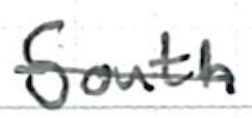
Text: South
Cross-out: mix
Writing tool: ballpoint